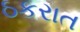
ઠકરાત